Scottish Leaving Certificate Examination, 1960
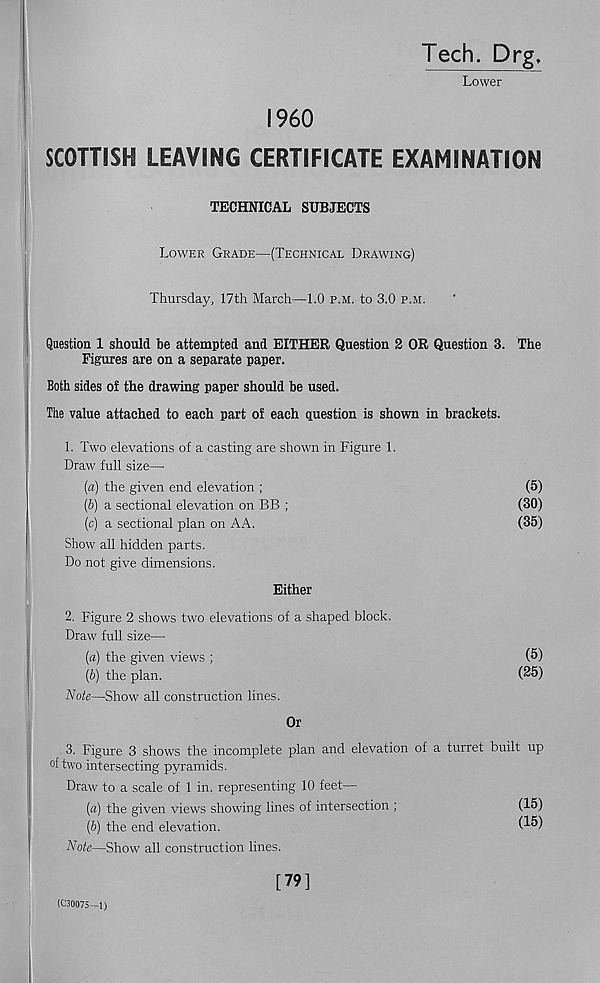
Tech. Drg,
Lower
I960
SCOTTISH LEAVING CERTIFICATE EXAMINATION
TECHNICAL SUBJECTS
Lower Grade—(Technical Drawing)
Thursday, 17th March—1.0 p.m. to 3.0 p.m.
Question 1 should be attempted and EITHER Question 2 OR Question 3. The
Figures are on a separate paper.
Both sides of the drawing paper should be used.
The value attached to each part of each question is shown in brackets.
1. Two elevations of a casting are shown in Figure 1.
Draw full size—
(а) the given end elevation ;
(5)
(б) a sectional elevation on BB ;
(30)
(c) a sectional plan on AA.
(35)
Show all hidden parts.
Do not give dimensions.
Either
2. Figure 2 shows two elevations of a shaped block.
Draw full size—
(6) the plan.
Note—Show all construction lines.
(a) the given views ;
(5)
(25)
Or
3. Figure 3 shows the incomplete plan and elevation of a turret built up
of two intersecting pyramids.
Draw to a scale of 1 in. representing 10 feet—
(a) the given views showing lines of intersection ;
(b) the end elevation.
(15)
(15)
Note—Show all construction lines.
(C30075—1)
[79]